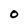
Character: 0